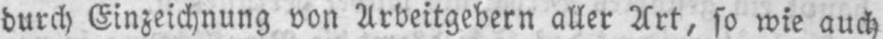
durch Einzeichnung von Arbeitgebern aller Art, so wie auch